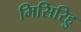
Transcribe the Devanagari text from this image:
मिसिरिहु